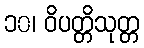
၁၀၊ ဝိပတ္တိသုတ္တ